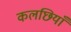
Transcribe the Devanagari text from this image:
कलछियाँ